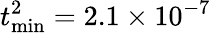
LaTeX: t_{\textrm{min}}^{2}=2.1\times 10^{-7}